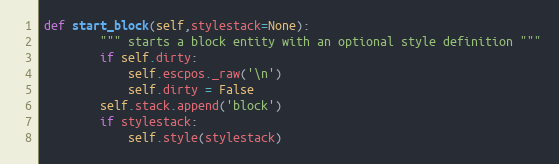
Language: Python
def start_block(self,stylestack=None):
        """ starts a block entity with an optional style definition """
        if self.dirty:
            self.escpos._raw('\n')
            self.dirty = False
        self.stack.append('block')
        if stylestack:
            self.style(stylestack)